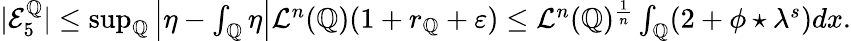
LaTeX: \begin{array}{r}{|\mathcal{E}_{5}^{\mathbb{Q}}|\leq\operatorname*{sup}_{\mathbb{Q}}\left|\eta-\int_{\mathbb{Q}}\eta\right|\mathcal{L}^{n}(\mathbb{Q})(1+r_{\mathbb{Q}}+\varepsilon)\leq\mathcal{L}^{n}(\mathbb{Q})^{\frac{1}{n}}\int_{\mathbb{Q}}(2+\phi\star\lambda^{s})dx.}\end{array}